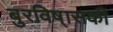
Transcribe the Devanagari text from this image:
बुरविष्ासकी